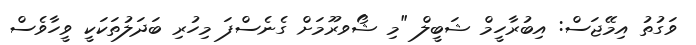
ވަގުތު އިމޭޖަސް: އިބުރާހީމް ޝަބީލް "މި ޝޯވރޫމަށް ގެނެސްފަ މިހުރި ބަދަލުތަކަކީ ވީހާވެސް